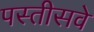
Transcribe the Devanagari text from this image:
पस्तीसवे